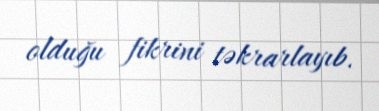
olduğu fikrini təkrarlayıb.